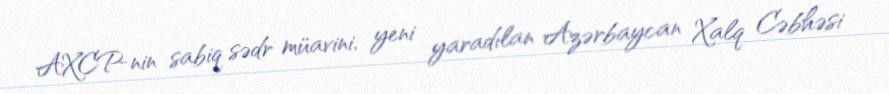
AXCP-nin sabiq sədr müavini, yeni yaradılan Azərbaycan Xalq Cəbhəsi